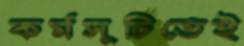
কর্মসূচিতেই